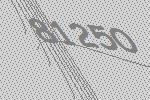
81250